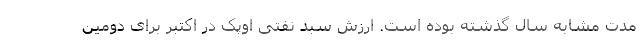
مدت مشابه سال گذشته بوده است. ارزش سبد نفتی اوپک در اکتبر برای دومین